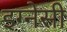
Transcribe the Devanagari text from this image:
इग्नेसी